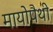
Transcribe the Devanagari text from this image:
मायोपैथी